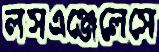
লসএঞ্জেলেসে